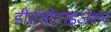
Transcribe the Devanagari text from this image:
डीसेंसीटाइजेशन